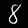
Label: 8